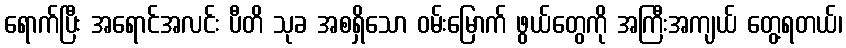
ရောက်ပြီး အရောင်အလင်း ပီတိ သုခ အစရှိသော ဝမ်းမြောက် ဖွယ်တွေကို အကြီးအကျယ် တွေ့ရတယ်၊